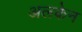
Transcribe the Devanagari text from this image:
अलकेन